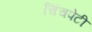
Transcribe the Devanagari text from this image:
चिंचपेटी